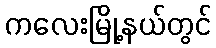
ကလေးမြို့နယ်တွင်